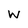
Character: W